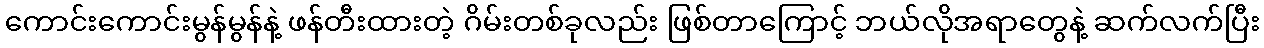
ကောင်းကောင်းမွန်မွန်နဲ့ ဖန်တီးထားတဲ့ ဂိမ်းတစ်ခုလည်း ဖြစ်တာကြောင့် ဘယ်လိုအရာတွေနဲ့ ဆက်လက်ပြီး